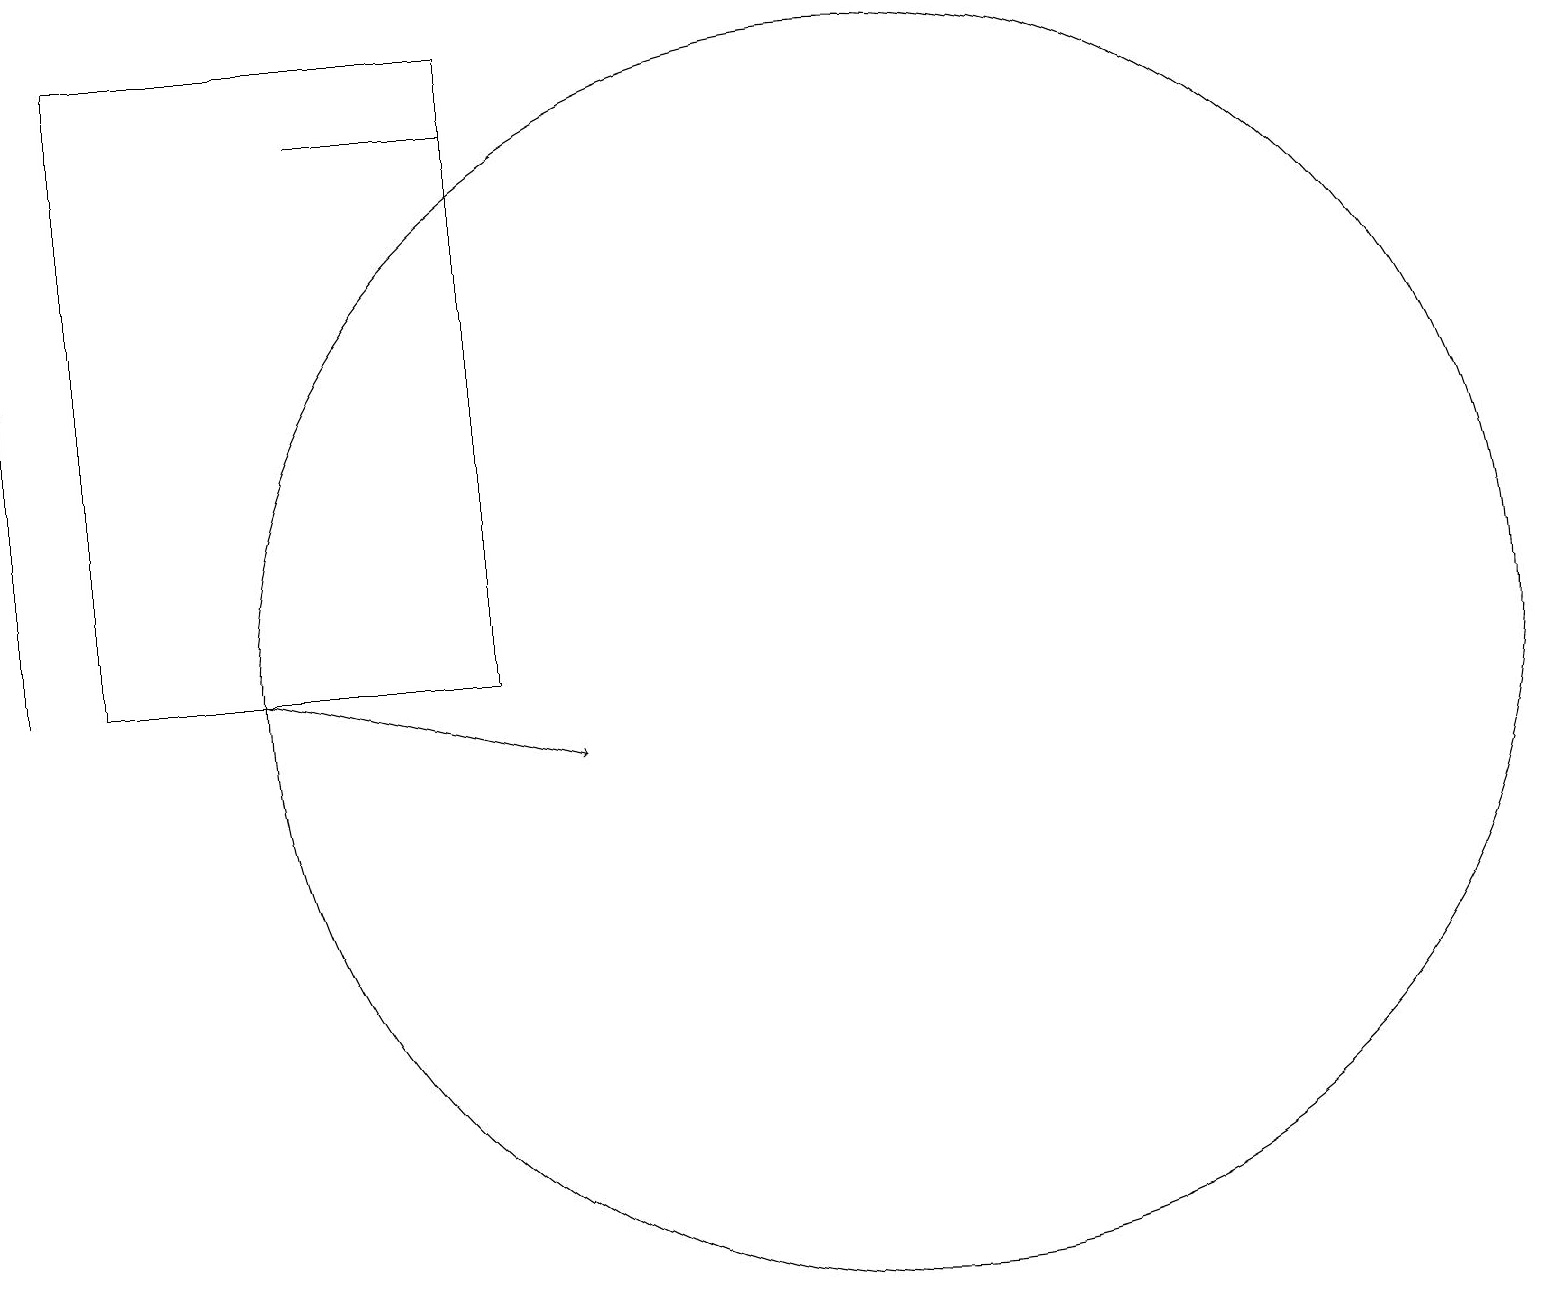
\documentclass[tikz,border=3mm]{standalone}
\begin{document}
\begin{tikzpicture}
\draw (1,11) rectangle (6,19);
\draw[->] (0,11) -- (0,15);
\draw[->] (3,11) -- (7,10);
\draw (11,11) circle (8);
\draw (6,18) rectangle (4,18);
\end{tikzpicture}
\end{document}